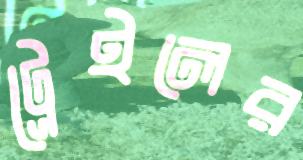
ট্রেইলের